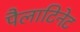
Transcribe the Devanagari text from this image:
पैलाटिनेट